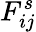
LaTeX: F_{ij}^{s}